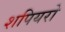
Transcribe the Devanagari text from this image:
शपियरो